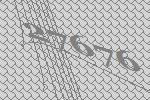
27676